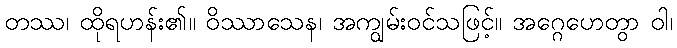
တဿ၊ ထိုရဟန်း၏။ ဝိဿာသေန၊ အကျွမ်းဝင်သဖြင့်။ အဂ္ဂေဟေတွာ ဝါ၊